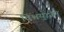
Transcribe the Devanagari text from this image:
विश्वयुद्धीन